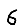
Digit: 6